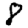
Digit: 8